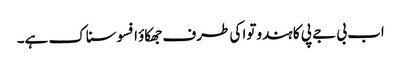
اب بی جے پی کا ہندوتوا کی طرف جھکاؤ افسوسناک ہے۔